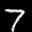
Label: 7